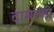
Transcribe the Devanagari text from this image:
दामाणी